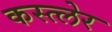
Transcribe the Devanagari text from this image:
कस्त्लेर